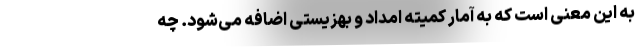
به این معنی است که به آمار کمیته امداد و بهزیستی اضافه می‌شود. چه